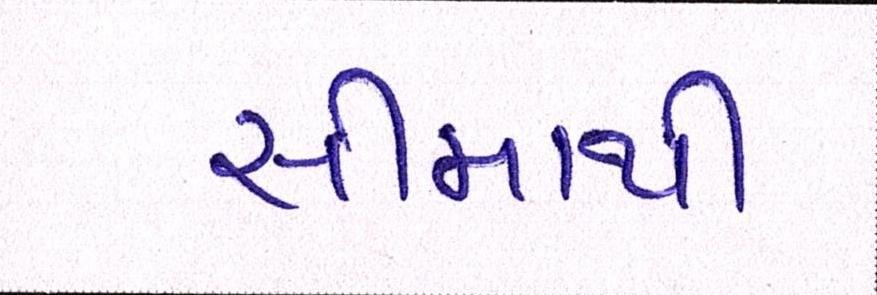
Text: સીમાથી